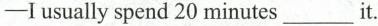
-I usually spend 20 minutes___it.